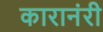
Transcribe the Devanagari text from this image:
कारानंरी